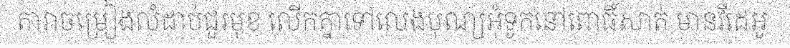
តារាចម្រៀងលំដាប់ជួរមុខ លើកគ្នាទៅលេងបុណ្យអុំទូកនៅពោធិ៍សាត់ មានវីដេអូ